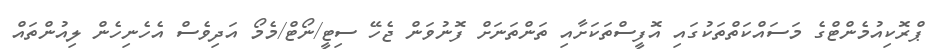
ޕްރޮކިއުމެންޓްގެ މަސައްކަތްތަކުގައި އޮފީސްތަކަށާއި ތަންތަނަށް ފޮނުވަން ޖެހޭ ސިޓީ/ނޯޓް/މެމޯ އަދިވެސް އެހެނިހެން ލިއުންތައް